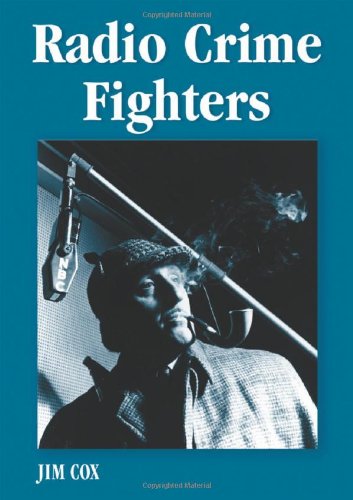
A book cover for Radio Crime Fighters: More Than 300 Programs from the Golden Age; Jim Cox; Humor & Entertainment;